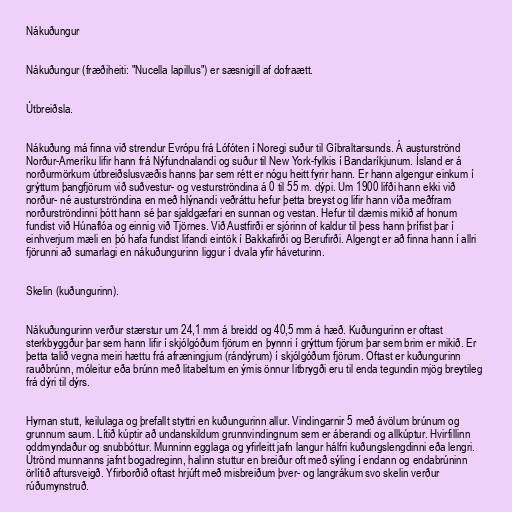
Nákuðungur

Nákuðungur (fræðiheiti: "Nucella lapillus") er sæsnigill af dofraætt.

Útbreiðsla.

Nákuðung má finna við strendur Evrópu frá Lófóten í Noregi suður til Gíbraltarsunds. Á austurströnd
Norður-Ameríku lifir hann frá Nýfundnalandi og suður til New York-fylkis í Bandaríkjunum. Ísland er á
norðurmörkum útbreiðslusvæðis hanns þar sem rétt er nógu heitt fyrir hann. Er hann algengur einkum í
grýttum þangfjörum við suðvestur- og vesturströndina á 0 til 55 m. dýpi. Um 1900 lifði hann ekki við
norður- né austurströndina en með hlýnandi veðráttu hefur þetta breyst og lifir hann víða meðfram
norðurströndinni þótt hann sé þar sjaldgæfari en sunnan og vestan. Hefur til dæmis mikið af honum
fundist við Húnaflóa og einnig við Tjörnes. Við Austfirði er sjórinn of kaldur til þess hann þrífist þar í
einhverjum mæli en þó hafa fundist lifandi eintök í Bakkafirði og Berufirði. Algengt er að finna hann í allri
fjörunni að sumarlagi en nákuðungurinn liggur í dvala yfir háveturinn.

Skelin (kuðungurinn).

Nákuðungurinn verður stærstur um 24,1 mm á breidd og 40,5 mm á hæð. Kuðungurinn er oftast
sterkbyggður þar sem hann lifir í skjólgóðum fjörum en þynnri í grýttum fjörum þar sem brim er mikið. Er
þetta talið vegna meiri hættu frá afræningjum (rándýrum) í skjólgóðum fjörum. Oftast er kuðungurinn
rauðbrúnn, móleitur eða brúnn með litabeltum en ýmis önnur litbrygði eru til enda tegundin mjög breytileg
frá dýri til dýrs.

Hyrnan stutt, keilulaga og þrefallt styttri en kuðungurinn allur. Vindingarnir 5 með ávölum brúnum og
grunnum saum. Lítið kúptir að undanskildum grunnvindingnum sem er áberandi og allkúptur. Hvirfillinn
oddmyndaður og snubbóttur. Munninn egglaga og yfirleitt jafn langur hálfri kuðungslengdinni eða lengri.
Útrönd munnanns jafnt bogadreginn, halinn stuttur en breiður oft með sýling í endann og endabrúninn
örlítið aftursveigð. Yfirborðið oftast hrjúft með misbreiðum þver- og langrákum svo skelin verður
rúðumynstruð.